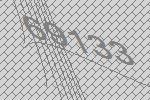
69133